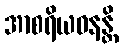
အာစရိယဓနန္တိ